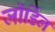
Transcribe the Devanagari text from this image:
जॉर्डिन